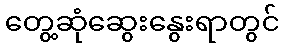
တွေ့ဆုံဆွေးနွေးရာတွင်